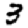
Digit: 3